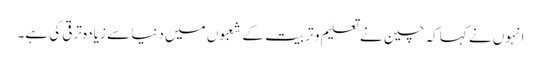
انہوں نے کہا کہ چین نے تعلیم و تربیت کے شعبوں میں دنیا سے زیادہ ترقی کی ہے۔